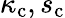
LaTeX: \kappa_{\mathrm{c}},s_{\mathrm{c}}